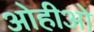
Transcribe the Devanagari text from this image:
ओहीओ